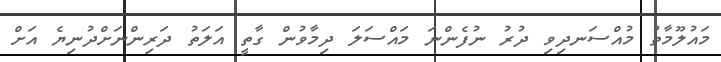
މައުލޫމާތު މުއްސަނދިވި ދުރު ނުފެންނަ މައްސަލަ ދިމާވުން ގާތީ އަލަތު ދަރިންނަށްދުނިޔެ އަށް